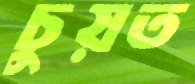
চুয়ত